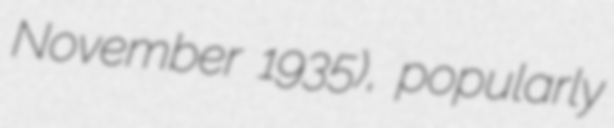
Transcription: November 1935), popularly